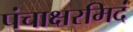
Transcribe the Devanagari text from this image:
पंचाक्षरमिदं